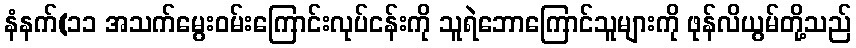
နံနက်(၁၁ အသက်မွေးဝမ်းကြောင်းလုပ်ငန်းကို သူရဲဘောကြောင်သူများကို ဖုန်လိယွမ်တို့သည်